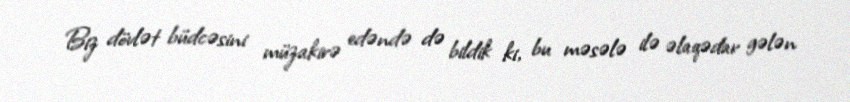
Biz dövlət büdcəsini müzakirə edəndə də bildik ki, bu məsələ ilə əlaqədar gələn